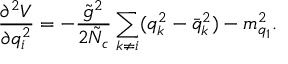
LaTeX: \frac { \partial ^ { 2 } V } { \partial q _ { i } ^ { 2 } } = - \frac { \tilde { g } ^ { 2 } } { 2 \tilde { N } _ { c } } \sum _ { k \neq i } ( q _ { k } ^ { 2 } - \bar { q } _ { k } ^ { 2 } ) - m _ { q _ { 1 } } ^ { 2 } .